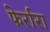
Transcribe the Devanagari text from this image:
फेर्रारा